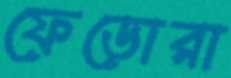
ফেডোরা